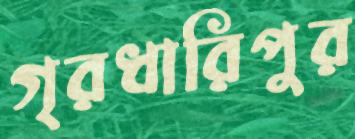
গৃরধারিপুর